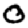
Digit: 0